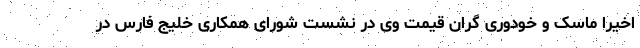
اخیرا ماسک و خودوری گران قیمت وی در نشست شورای همکاری خلیج فارس در